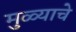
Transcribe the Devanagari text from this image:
मुळ्याचे